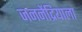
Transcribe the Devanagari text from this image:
जननेंद्रियाला